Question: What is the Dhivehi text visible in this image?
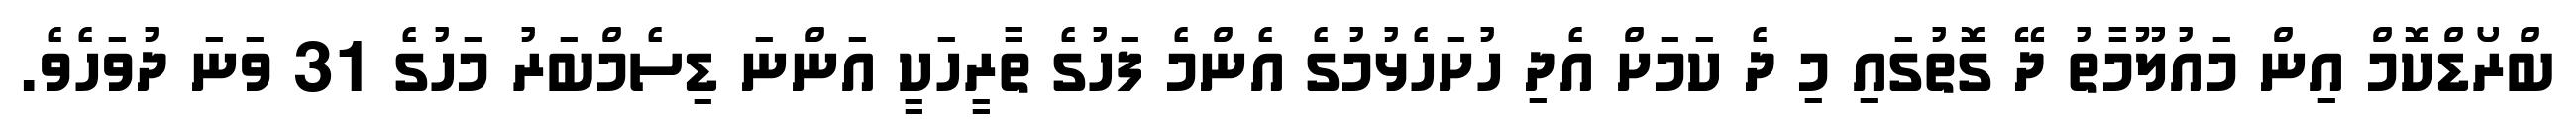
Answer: ބްރޯޑްކޮމް އިން މައުލޫމާތު ދޭ ގޮތުގައި މި ދެ ކަމަށް އެދި ހުށަހެޅުމުގެ އެންމެ ފަހުގެ ތާރީހަކީ އަންނަ ޑިސެމްބަރު މަހުގެ 31 ވަނަ ދުވަހެވެ.